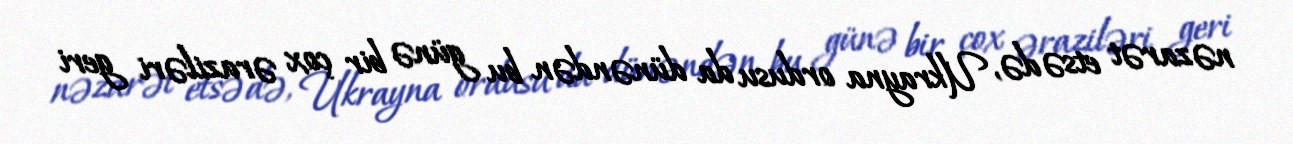
nəzarət etsə də, Ukrayna ordusu da dünəndən bu günə bir çox əraziləri geri